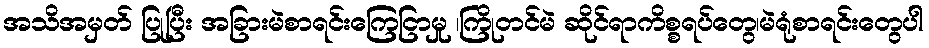
အသိအမှတ် ပြုပြီး အခြားမဲစာရင်းကြေငြာမှု ၊ကြိုတင်မဲ ဆိုင်ရာကိစ္စရပ်တွေ၊မဲရုံစာရင်းတွေပါ